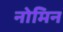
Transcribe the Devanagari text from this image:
नोमिन